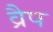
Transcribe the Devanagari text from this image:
व्रैप